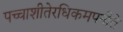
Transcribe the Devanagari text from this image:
पच्चाशीतेरधिकमपनीते